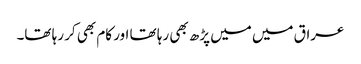
عراق میں میں پڑھ بھی رہا تھا اور کام بھی کر رہا تھا۔